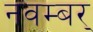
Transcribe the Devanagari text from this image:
नवम्बर्